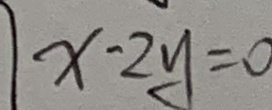
x - 2 y = 0